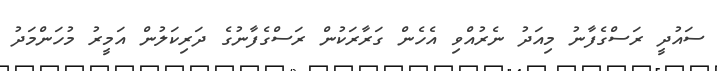
ސައުދީ ރަސްގެފާނު މިއަދު ނެރުއްވި އެހެން ގަރާރަކުން ރަސްގެފާނުގެ ދަރިކަލުން އަމީރު މުހަންމަދު